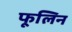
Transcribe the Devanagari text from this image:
फूलिन